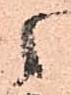
候